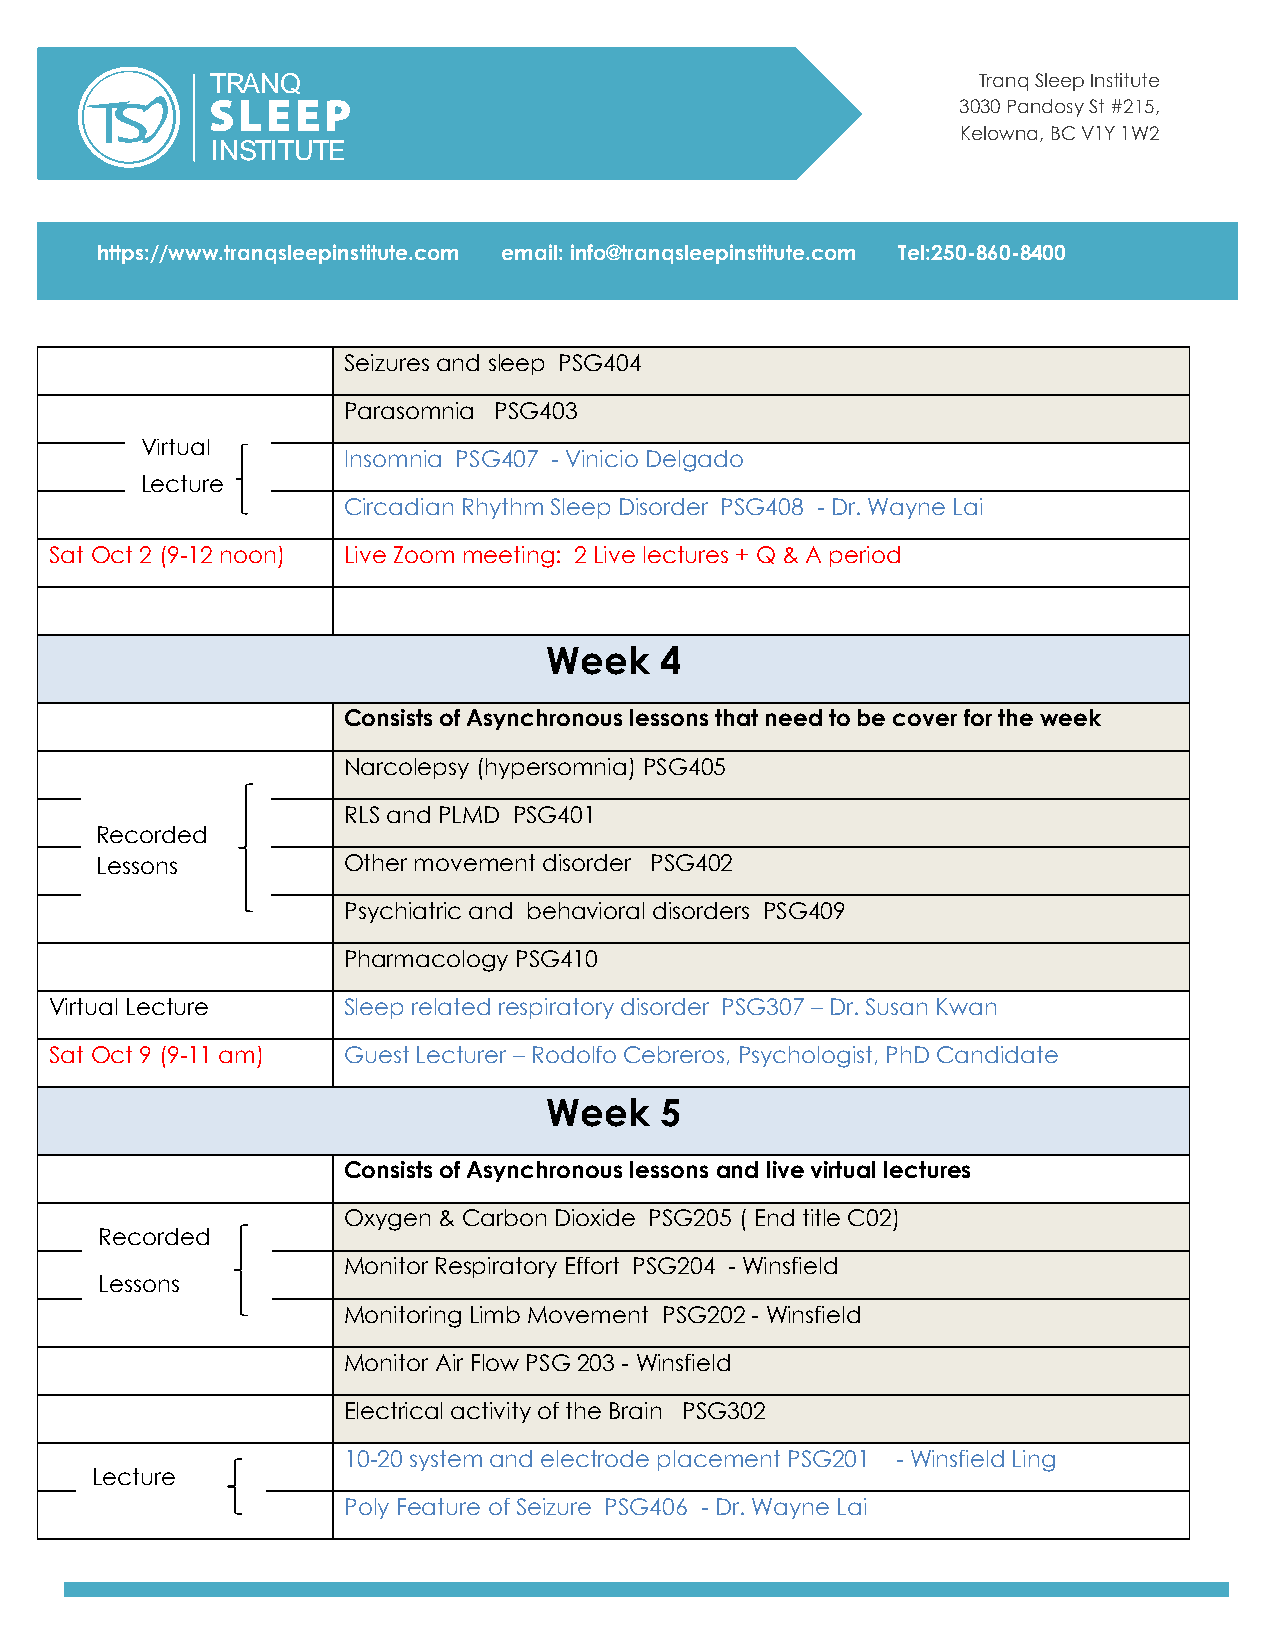
Tranq Sleep Institute
 3030 Pandosy St #215,
 Kelowna, BC V1Y 1W2
 https://www.tranqsleepinstitute.com email: info@tranqsleepinstitute.com Tel:250-860-8400
 Seizures and sleep PSG404
 Parasomnia PSG403
 Virtual
 Insomnia PSG407 - Vinicio Delgado
 Lecture
 Circadian Rhythm Sleep Disorder PSG408 - Dr. Wayne Lai
 Sat Oct 2 (9-12 noon) Live Zoom meeting: 2 Live lectures + Q & A period
 Week    4
 Consists of Asynchronous lessons that need to be cover for the week
 Narcolepsy (hypersomnia) PSG405
 RLS and PLMD PSG401
 Recorded
 Lessons          Other movement disorder PSG402
 Psychiatric and behavioral disorders PSG409
 Pharmacology PSG410
 Virtual Lecture     Sleep related respiratory disorder PSG307 – Dr. Susan Kwan
 Sat Oct 9 (9-11 am) Guest Lecturer – Rodolfo Cebreros, Psychologist, PhD Candidate
 Week    5
 Consists of Asynchronous lessons and live virtual lectures
 Oxygen & Carbon Dioxide PSG205 ( End title C02)
 Recorded
 Monitor Respiratory Effort PSG204 - Winsfield
 Lessons
 Monitoring Limb Movement PSG202 - Winsfield
 Monitor Air Flow PSG 203 - Winsfield
 Electrical activity of the Brain PSG302
 10-20 system and electrode placement PSG201 - Winsfield Ling
 Lecture
 Poly Feature of Seizure PSG406 - Dr. Wayne Lai
 T
 I
 R
 N
 A
 S
 N
 T I
 Q
 T U T E